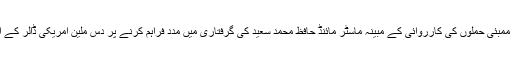
واشنگٹن حکومت نے ممبئی حملوں کی کارروائی کے مبینہ ماسٹر مائنڈ حافظ محمد سعید کی گرفتاری میں مدد فراہم کرنے پر دس ملین امریکی ڈالر کے انعام کا اعلان کیا ہے۔